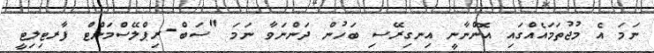
ނަމަ އެ މުޖުތަމައެއްގައި އޮންނާނީ އިނގިރޭސި ބަހުން ދަންނަވާ ނަމަ "ސަބް-ރިޕްލޭސްމަންޓް ފާރޓިލިޓީ